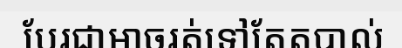
បែរជាអាចរត់ទៅតែតបាល់